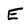
Character: E